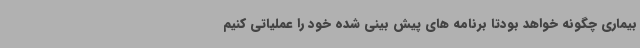
بیماری چگونه خواهد بودتا برنامه های پیش بینی شده خود را عملیاتی کنیم